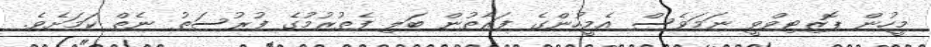
މީހުން ޕޮޒިޓިވްވީ ނަމަވެސް އެމީހުންގެ ފަރާތުން ބަލި ފެތުުރުމުގެ ފުރުސަތު ނެތް ކަމަށެވެ.